Calcutta medical institutions reports 1871-78
Year: 1871
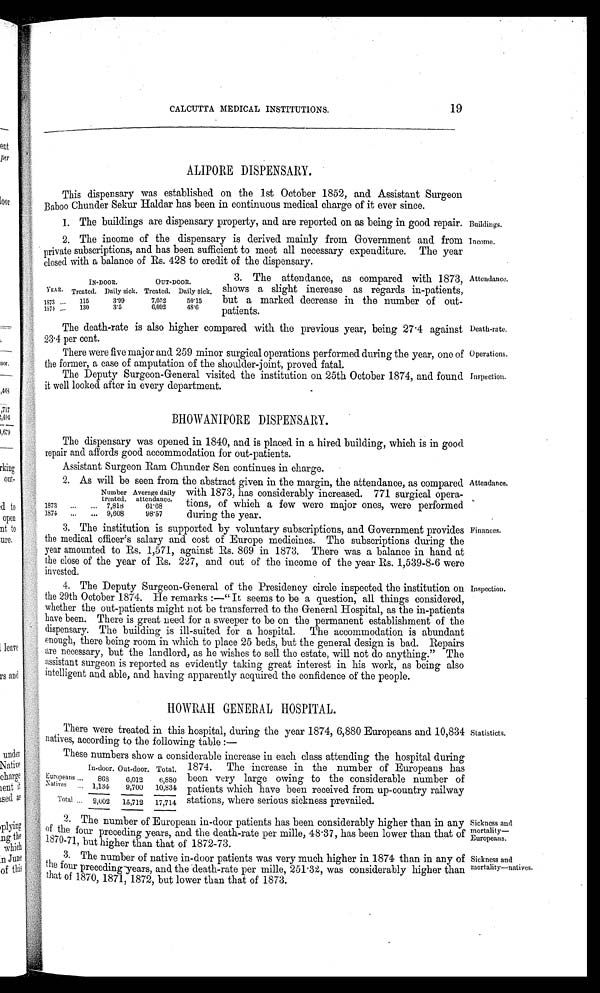
CALCUTTA MEDICAL INSTITUTIONS.
19
A L I P O R E D I S P E N S A R Y .
This dispensary was established on the 1st October 1852, and Assistant Surgeon
Baboo Thunder Sekur Holder has been in continuous medical charge of it ever since.
Buildings.
1. The buildings are dispensary property, and are reported on as being in good repair.
Income.
2. The income of the dispensary is derived mainly from Government and from
private subscriptions, and has been sufficient to meet all necessary expenditure. The year
closed with a balance of Rs. 428 to credit of the dispensary.
IN-DOOR.
OUT-DOOR.
YEAR. Treated. Daily sick. Treated. Daily sick.
1873 ... 115
3.99
7,052
5 0 . 1 5
1 8 7 4 ... 130
3.5
6,092
4 8 . 6
Attendance.
3. The attendance, as compared with 1873,
shows a slight increase as regards in-patients,
but a marked decrease in the number of out-
patients.
Death-rate.
The death-rate is also higher compared with the previous year, being 27.4 against
23.4 per cent.
Operations.
There were five major and 259 minor surgical operations performed during the year, one of
the former, a case of amputation of the shoulder-joint, proved fatal.
Inspection.
The Deputy Surgeon-General visited the institution on 25th October 1874, and found
it well looked after in every department.
BHOWANIPORE DISPENSARY.
The dispensary was opened in 1840, and is placed in a hired building, which is in good
repair and affords good accommodation for out-patients.
Assistant Surgeon Ram Chunder Sen continues in charge.
Attendance.
2. As will be seen from the abstract given in the margin, the attendance, as compared
with 1873, has considerably increased. 771 surgical opera-
tions, of which a few were major ones, were performed
during the year.
Number Average daily
treated. attendance.
1873 ...
... 7,818
61.68
1874 ... ... 9,608
9 8 . 5 7
Finances.
3. The institution is supported by voluntary subscriptions, and Government provides
the medical officer's salary and cost of Europe medicines. The subscriptions during the
year amounted to Rs. 1,571, against Rs. 869 in 1873. There was a balance in hand at
the close of the year of Rs. 227, and out of the income of the year Rs. 1,539-8-6 were
invested.
Inspection.
4. The Deputy Surgeon-General of the Presidency circle inspected the institution on
the 29th October 1874. He remarks :—" It seems to be a question, all things considered,
whether the out-patients might not be transferred to the General Hospital, as the in-patients
have been. There is great need for a sweeper to be on the permanent establishment of the
dispensary. The building is ill-suited for a hospital. The accommodation is abundant
enough, there being room in which to place 25 beds, but the general design is bad. Repairs
are necessary, but the landlord, as he wishes to sell the estate, will not do anything." The
assistant surgeon is reported as evidently taking great interest in his work, as being also
intelligent and able, and having apparently acquired the confidence of the people.
HOWRAH GENERAL HOSPITAL.
Statistics.
There were treated in this hospital, during the year 1874, 6,880 Europeans and 10,834
natives, according to the following table :—
These numbers show a considerable increase in each class attending the hospital during
1874. The increase in the number of Europeans has
been very large owing to the considerable number of
patients which have been received from up-country railway
stations, where serious sickness prevailed.
In-door. Out-door. Total.
Europeans ...
803
6,012
8 , 8 8 0
Natives
...
1,134
9,700
10,834
Total ...
2,002
15,712
17,714
Sickness and
mortality—
Europeans.
2. The number of European in-door patients has been considerably higher than in any
off the four preceding years, and the death-rate per mile, 48.37, has been lower than that of
1870-71, but higher than that of 1872-73.
Sickness
and
mortality—natives. 3. The number of native in-door patients was very much higher in 1874 than in any of
the four preceding years, and the death-rate per mill, 251.32, was considerably higher than
that of 1870, 1871, 1872, but lower than that of 1873.